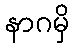
နာဂမှိ